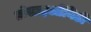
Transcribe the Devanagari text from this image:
प्रोसाइओनिडी